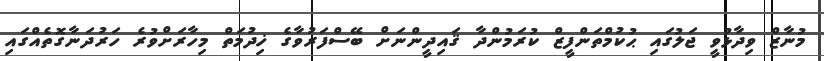
މުނާޒް ވިދާޅުވީ ޖަލުގައި ޙުކުމްތަންފީޒް ކުރަމުންދާ ޤައިދީންނަށް ބޭސްފަރުވާގެ ޚިދުމަތް މިހާރަށްވުރެ ހަރުދަނާގޮތެއްގައި